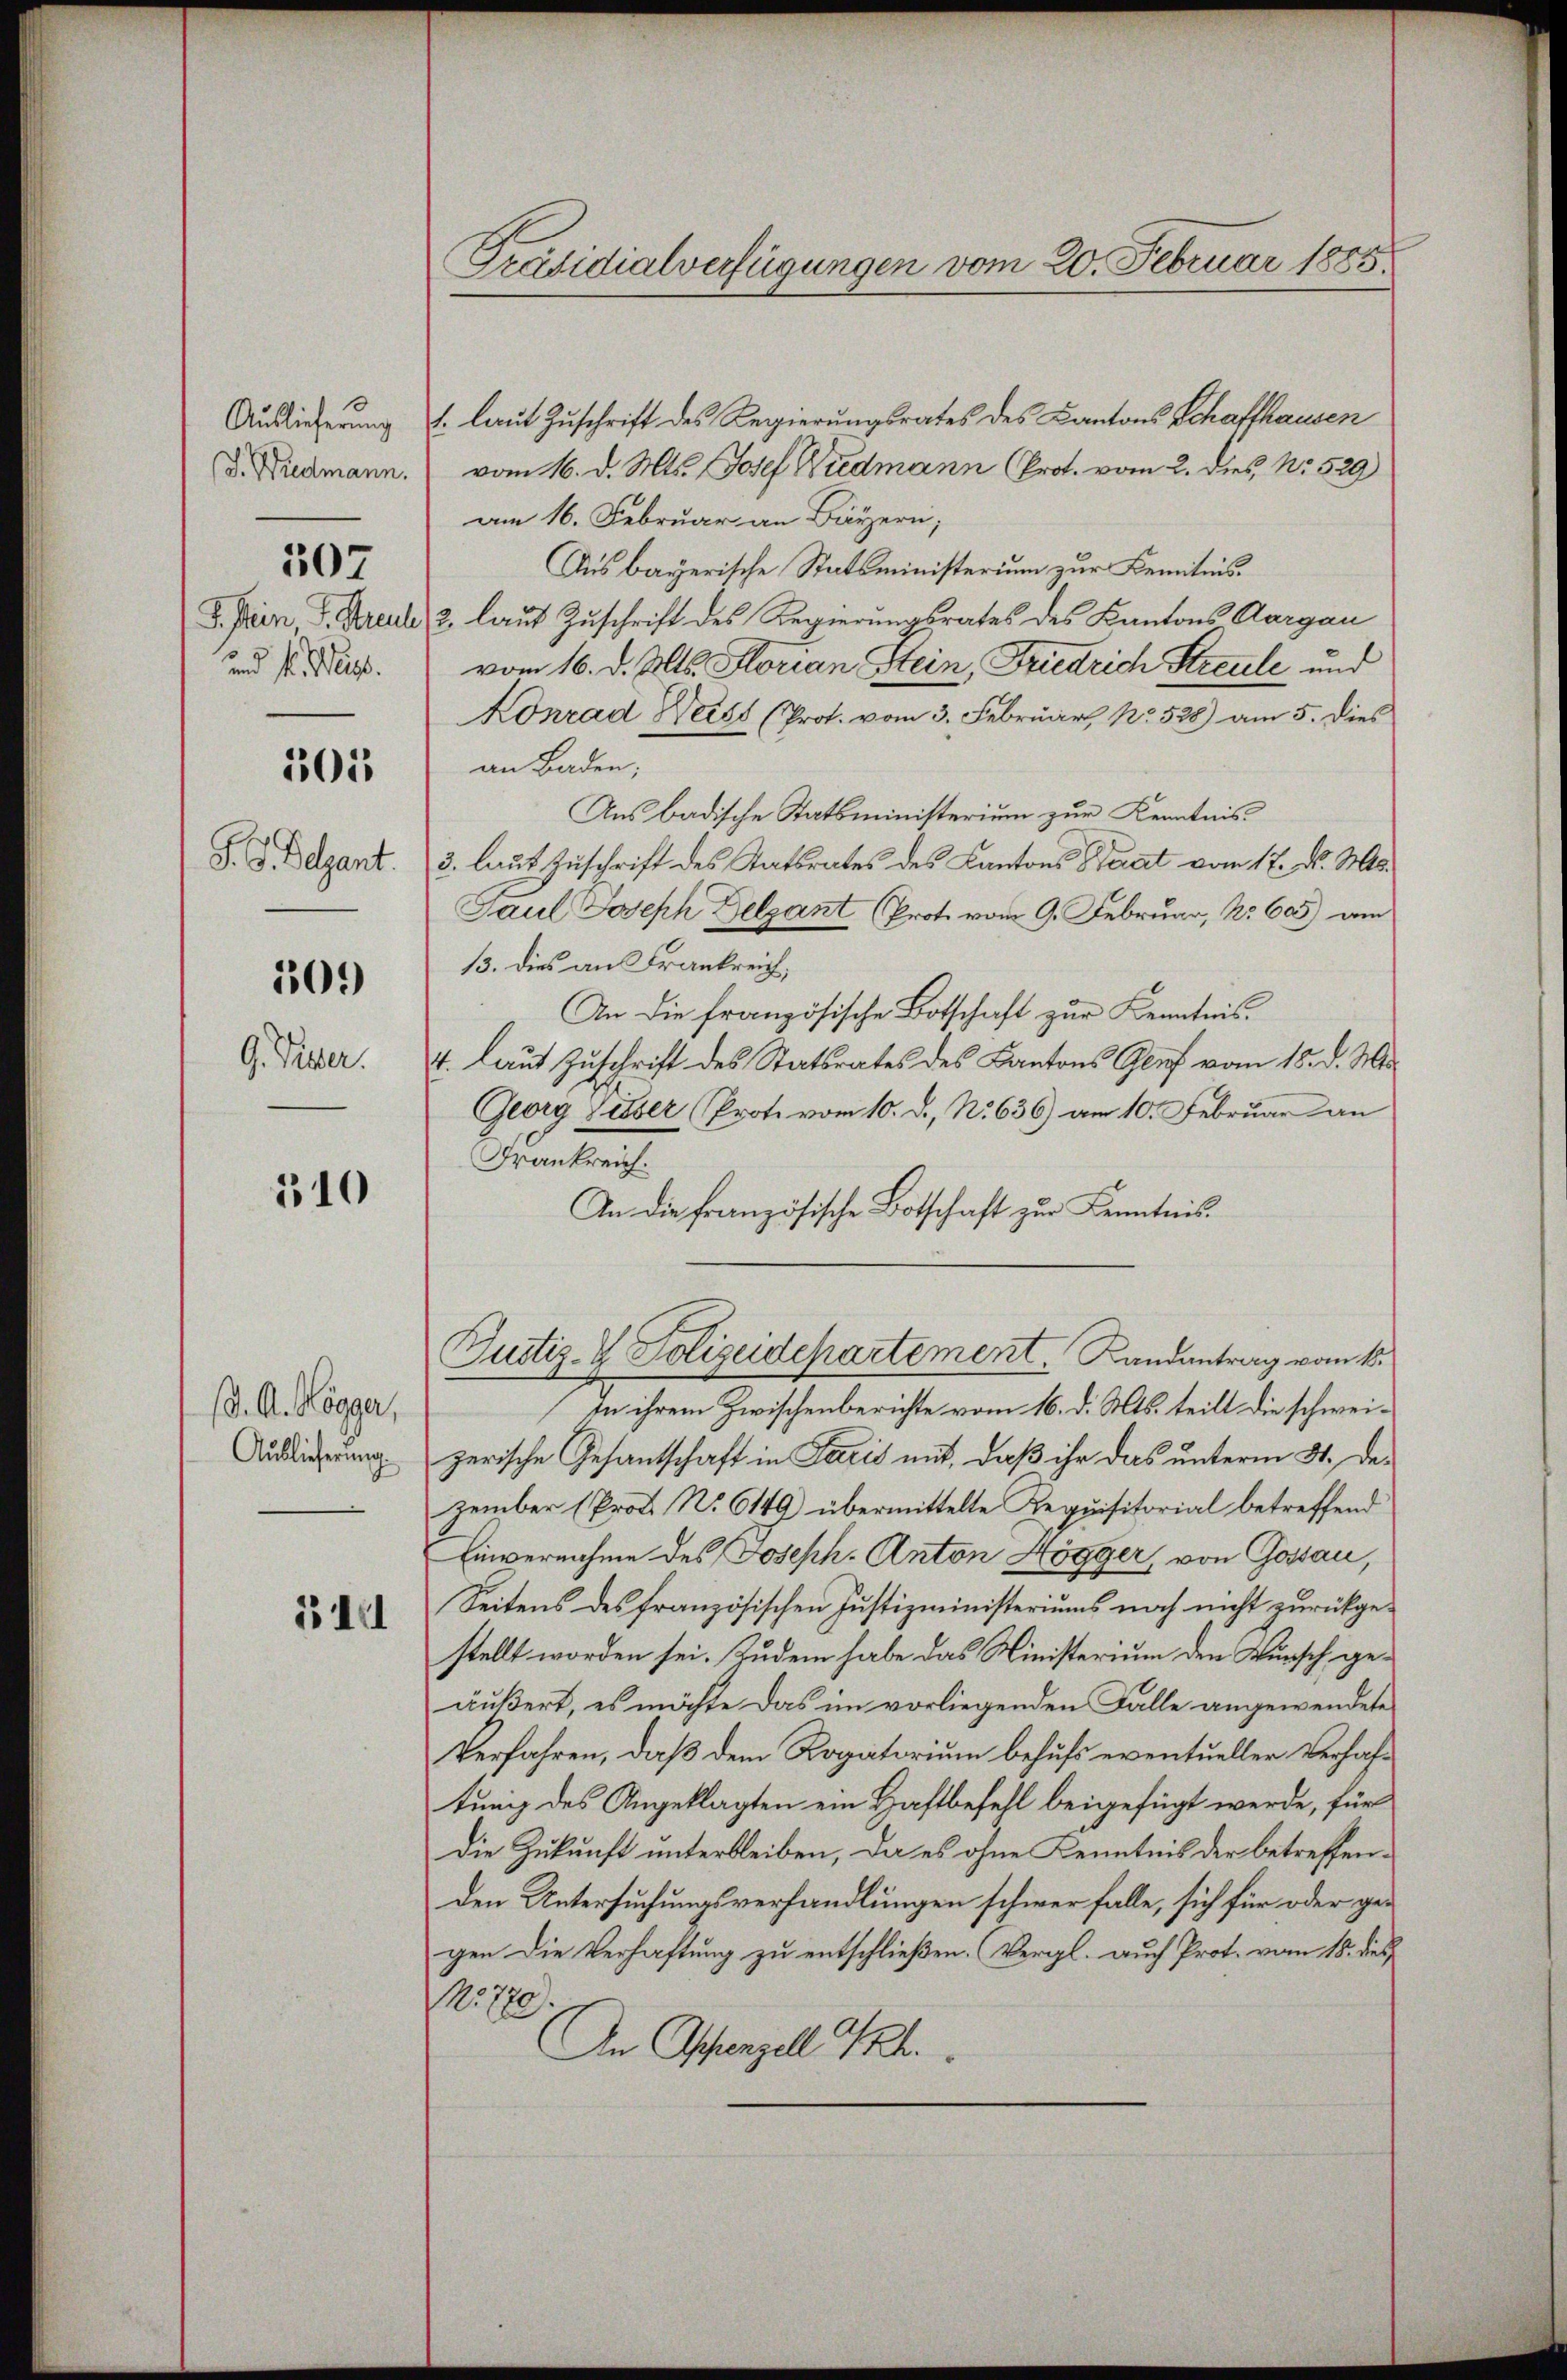
Auslieferung
(. Widmann.
S. Mein S. Streul
und fr. Weige.
305
P. G. Begant.

307

109

9. Piper.

310

(d. A. Högger,
Auslieferung

1311

Präsidialverfügungen vom 20. Februar 1885.

1. laut Zuschrift des Regierungsrates des Cantons Schaffhausen
vom 16. d. Mts. Josef Wiedmann (Prot. vom 2. dies, No. 529)
am 16. Februar an Bärzern,
Aus bayerische Statsministerium zur Kenntnis.
2, laut Zuschrift des Regierungsrates des Kantons Aargau
vom 16. d. Mts. Florian Stein, Friedrich Streule und
Konrad Weist (Prot. vom 3. Februar, No. 528) am 5. Dies
an Baden;
Aus badische Statsministerium zur Kenntnis¬
3. laut Zuschrift des Statsrates des Kantons Saat vom 17. d. Mts.
Paul Joseph Gelzant Proto vom 9. Februar, No 605) am
13. dies an Frankreich,
An die französische Botschaft zur Kenntnis-
4. laut Zuschrift des Statsrates des Kantons Genf vom 15. d. M.
Georg Silber (Prote vom 10. d., N. 636) am 10. Februar an
Frankreich.
An die Französische Botschaft zur Kenntnis
Justiz- & Polizeidepartement. Landantrag vom 16.
In ihrem Zwischenberichte vom 16. d. Mts. teilt die schweizerische Gesantschaft in Paris mit, daß ihr das unterm 31. Dezember (Prof. No 6149) übermittelte Requisitorial betreffend
Einvernahme des Joseph. Anton Högger, von Gossau,
Seitens des französischen Justizministeriums noch nicht zurückgestellt worden sei. Zudem habe das Ministerium den Wunsch geäußert, es möchte das im vorliegenden Falle angewendete
Verfahren, daß dem Rogatorium behufs eventueller Verhaftung des Angeklagten ein Haftbefehl beigefügt werde, für
die Zukunft unterbleiben, da es ohne Kenntnis der betreffenden Untersuchungsverhandlungen schwer falle, sich für oder gegen die Verhaftung zu entschließen. (Vergl. auch Prot. vom 15. des,
No 720.
An Appenzell I.